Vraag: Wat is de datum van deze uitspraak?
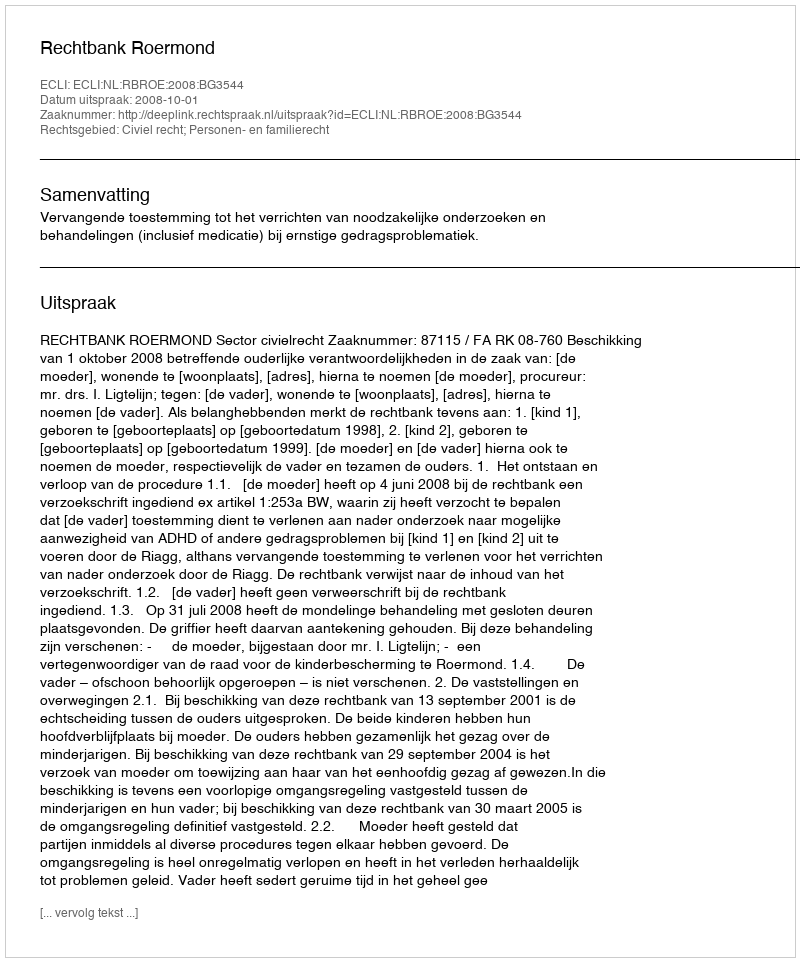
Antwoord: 2008-10-01